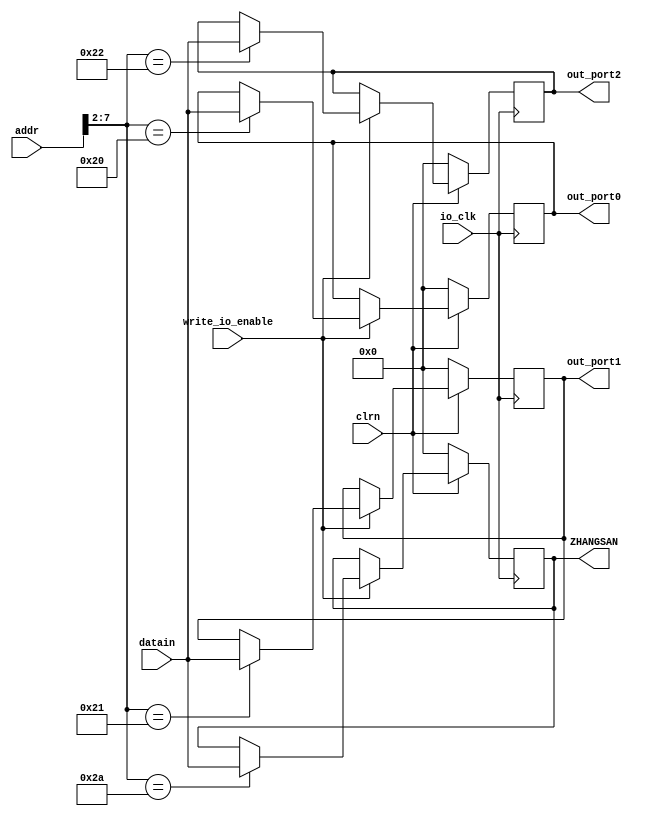
module io_output(addr,datain,write_io_enable,io_clk,clrn,
					out_port0,out_port1,out_port2,ZHANGSAN); 
//reset. if necessary,can use reset signal to reset the output to 0.

	input [31:0] addr,datain;
	input write_io_enable,io_clk;
	input clrn;
	output [31:0] out_port0,out_port1,out_port2,ZHANGSAN;
	reg [31:0] out_port0;
	reg [31:0] out_port1;
	reg [31:0] out_port2;
		reg [31:0] ZHANGSAN;
	always @ (posedge io_clk)
	begin
		if(clrn == 0)
		begin
			out_port0 = 0;
			out_port1 = 0;
			out_port2 = 0;
			ZHANGSAN = 0;
		end
		else
		begin
			if (write_io_enable == 1)
				case (addr[7:2])
					6'b100000: out_port0=datain; // 80h
					6'b100001: out_port1=datain; // 84h
					6'b100010: out_port2=datain; // 88h
						6'b101010: ZHANGSAN=datain;		// A8h
				endcase
		end
	end

endmodule